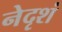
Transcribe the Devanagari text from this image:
नेदृशं